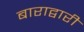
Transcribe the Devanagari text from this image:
बाराद्वारी